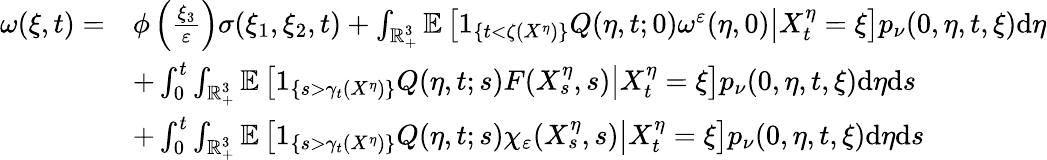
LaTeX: \begin{array}{rl}{\omega(\xi,t)=}&{\phi\left(\frac{\xi_{3}}{\varepsilon}\right)\sigma(\xi_{1},\xi_{2},t)+\int_{\mathbb{R}_{+}^{3}}\mathbb{E}\left[\left.1_{\{ t<\zeta(X^{\eta})\} }Q(\eta,t;0)\omega^{\varepsilon}(\eta,0)\right|X_{t}^{\eta}=\xi\right]p_{\nu}(0,\eta,t,\xi)\mathrm{d}\eta}\\ &{+\int_{0}^{t}\int_{\mathbb{R}_{+}^{3}}\mathbb{E}\left[\left.1_{\left\{ s>\gamma_{t}(X^{\eta})\right\} }Q(\eta,t;s)F(X_{s}^{\eta},s)\right|X_{t}^{\eta}=\xi\right]p_{\nu}(0,\eta,t,\xi)\mathrm{d}\eta\mathrm{d}s}\\ &{+\int_{0}^{t}\int_{\mathbb{R}_{+}^{3}}\mathbb{E}\left[\left.1_{\left\{ s>\gamma_{t}(X^{\eta})\right\} }Q(\eta,t;s)\chi_{\varepsilon}(X_{s}^{\eta},s)\right|X_{t}^{\eta}=\xi\right]p_{\nu}(0,\eta,t,\xi)\mathrm{d}\eta\mathrm{d}s}\end{array}